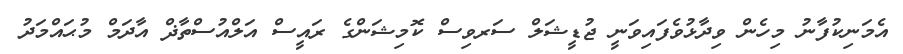
އެމަނިކުފާނު މިހެން ވިދާޅުވެފައިވަނީ ޖުޑީޝަލް ސަރވިސް ކޮމިޝަންގެ ރައީސް އަލްއުސްތާޛް އާދަމް މުޙައްމަދު